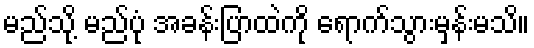
မည်သို့ မည်ပုံ အခန်းပြာထဲကို ရောက်သွားမှန်းမသိ။